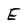
Character: E